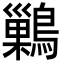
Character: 𪅕